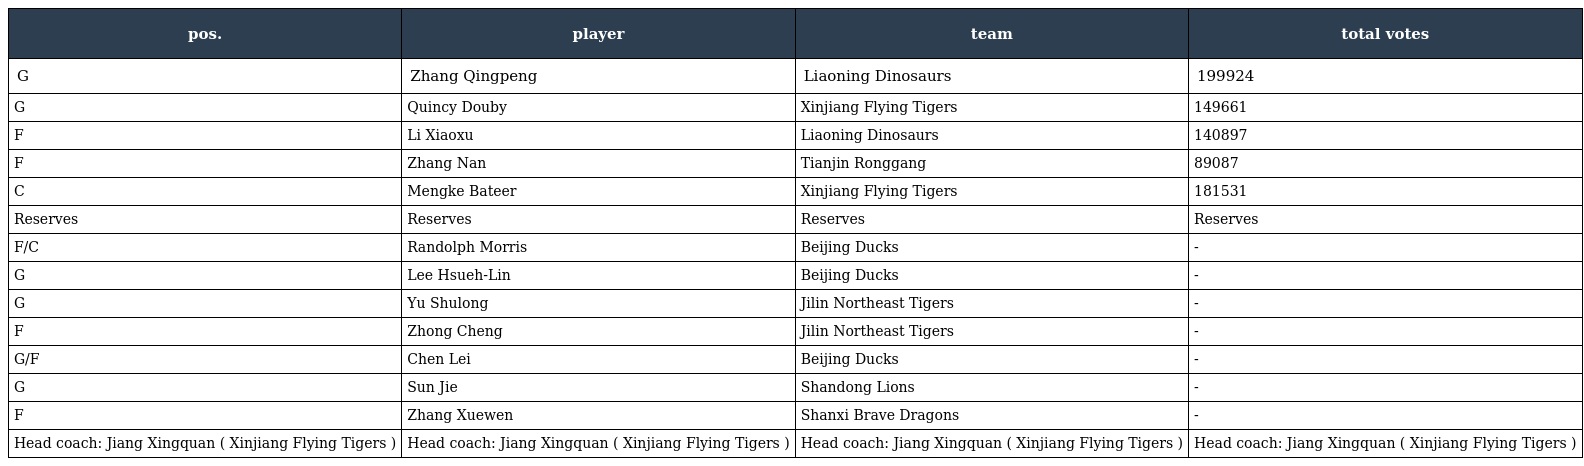
| pos. | player | team | total votes |
 | --- | --- | --- | --- |
 | G | Zhang Qingpeng | Liaoning Dinosaurs | 199924 |
 | G | Quincy Douby | Xinjiang Flying Tigers | 149661 |
 | F | Li Xiaoxu | Liaoning Dinosaurs | 140897 |
 | F | Zhang Nan | Tianjin Ronggang | 89087 |
 | C | Mengke Bateer | Xinjiang Flying Tigers | 181531 |
 | Reserves | Reserves | Reserves | Reserves |
 | F/C | Randolph Morris | Beijing Ducks | - |
 | G | Lee Hsueh-Lin | Beijing Ducks | - |
 | G | Yu Shulong | Jilin Northeast Tigers | - |
 | F | Zhong Cheng | Jilin Northeast Tigers | - |
 | G/F | Chen Lei | Beijing Ducks | - |
 | G | Sun Jie | Shandong Lions | - |
 | F | Zhang Xuewen | Shanxi Brave Dragons | - |
 | Head coach: Jiang Xingquan ( Xinjiang Flying Tigers ) | Head coach: Jiang Xingquan ( Xinjiang Flying Tigers ) | Head coach: Jiang Xingquan ( Xinjiang Flying Tigers ) | Head coach: Jiang Xingquan ( Xinjiang Flying Tigers ) |